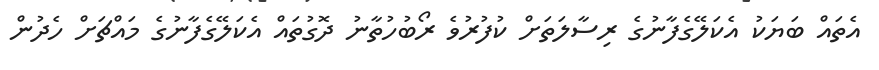
އެތައް ބަޔަކު އެކަލޭގެފާނުގެ ރިސާލަތަށް ކުފުރުވެ ރޯބުހުތާނު ދޮގުތައް އެކަލޭގެފާނުގެ މައްޗަށް ހެދުން